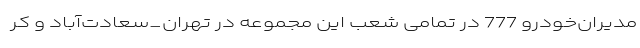
مدیران‌خودرو 777 در تمامی شعب این مجموعه در تهران_سعادت‌آباد و کر